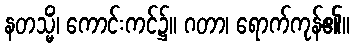
နတသ္မိံ၊ ကောင်းကင်၌။ ဂတာ၊ ရောက်ကုန်၏။